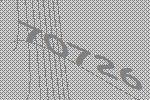
70726